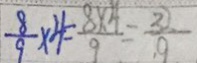
\frac { 8 } { 9 } \times 4 = \frac { 8 \times 4 } { 9 } = \frac { 3 } { 9 }